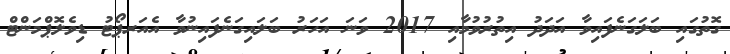
ގޮތުގައި ބަލަގަނެފައިވާ އަދަދު އިތުރުވުމާއި 2017 ވަނަ އަހަރު ބަލައިގަނެފައިނުވާ އެއަރޕޯޓު ޑިވެލޮޕްމަންޓް